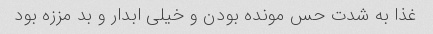
غذا به شدت حس مونده بودن و خیلی ابدار و بد مززه بود